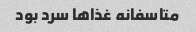
متاسفانه غذاها سرد بود